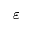
\varepsilon